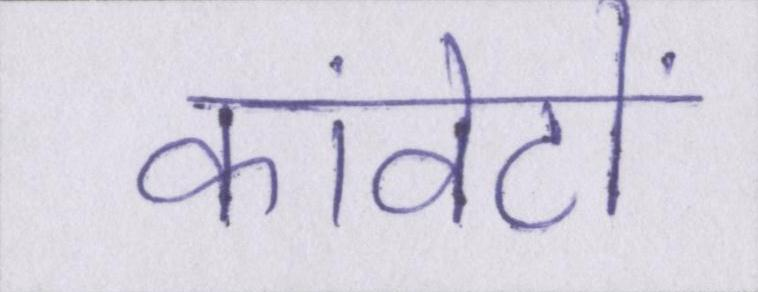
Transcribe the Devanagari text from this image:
कांवेंटों